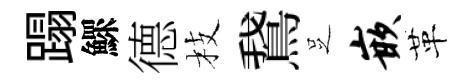
蹋鰥德枝鵞𠯁嵌革